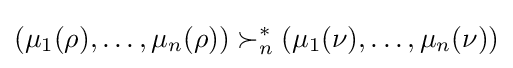
(\mu _{1}(\rho ),\ldots ,\mu _{n}(\rho ))\succ _{n}^{*}(\mu _{1}(\nu ),\ldots ,\mu _{n}(\nu ))